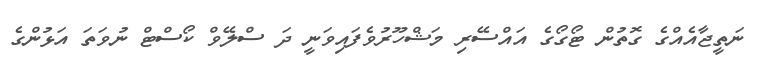
ނަތީޖާއެއްގެ ގޮތުން ޓޯގޯގެ އައްސޭރި މަޝްހޫރުވެފައިވަނީ ދަ ސްލޭވް ކޯސްޓް ނުވަތަ އަޅުންގެ